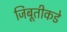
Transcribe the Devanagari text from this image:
जिबूतीकडे